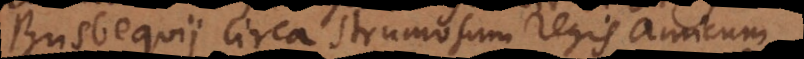
Busbequii circa strumosum regis amicum.